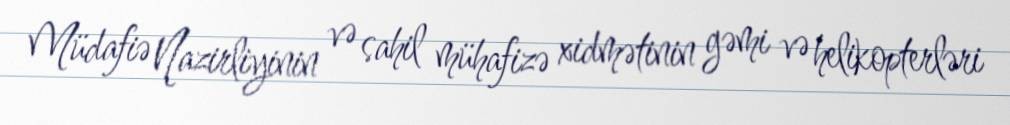
Müdafiə Nazirliyinin və sahil mühafizə xidmətinin gəmi və helikopterləri